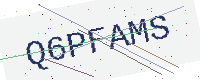
Text: Q6PFAMS